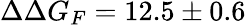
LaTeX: \Delta\Delta G_{F}=12.5\pm 0.6